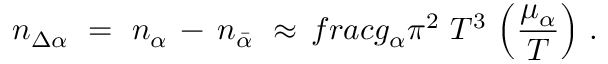
n _ { \Delta \alpha } \ = \ n _ { \alpha } \, - \, n _ { \bar { \alpha } } \ \approx \, f r a c { g _ { \alpha } } { \pi ^ { 2 } } \ T ^ { 3 } \ \Big ( \frac { \mu _ { \alpha } } { T } \Big ) \ .